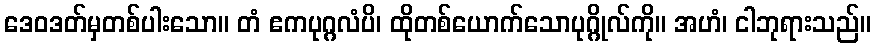
ဒေဝဒတ်မှတစ်ပါးသော။ တံ ဧကပုဂ္ဂလံပိ၊ ထိုတစ်ယောက်သောပုဂ္ဂိုလ်ကို။ အဟံ၊ ငါဘုရားသည်။